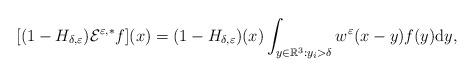
LaTeX: \begin{align*} [(1-H_{\delta,\varepsilon})\mathcal{E}^{\varepsilon,*}f](x)=(1-H_{\delta,\varepsilon})(x)\int_{y\in \mathbb{R}^{3}:y_{i}>\delta}w^{\varepsilon}(x-y)f(y)\mathrm{d} y, \end{align*}